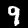
Digit: 9